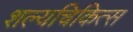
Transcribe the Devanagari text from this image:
शल्यचिकित्स